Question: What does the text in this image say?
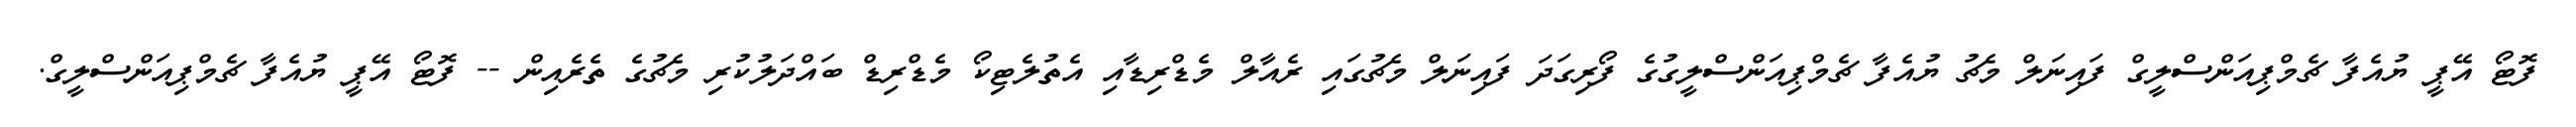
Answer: ފޮޓޯ އޭޕީ ޔުއެފާ ޗެމްޕިއަންސްލީގް ފައިނަލް މެޗު ޔުއެފާ ޗެމްޕިއަންސްލީގުގެ ފޯރިގަދަ ފައިނަލް މެޗުގައި ރެއާލް މެޑްރިޑާއި އެތުލެޓިކޯ މެޑްރިޑް ބައްދަލުކުރި މެޗުގެ ތެރެއިން -- ފޮޓޯ އޭޕީ ޔުއެފާ ޗެމްޕިއަންސްލީގް.